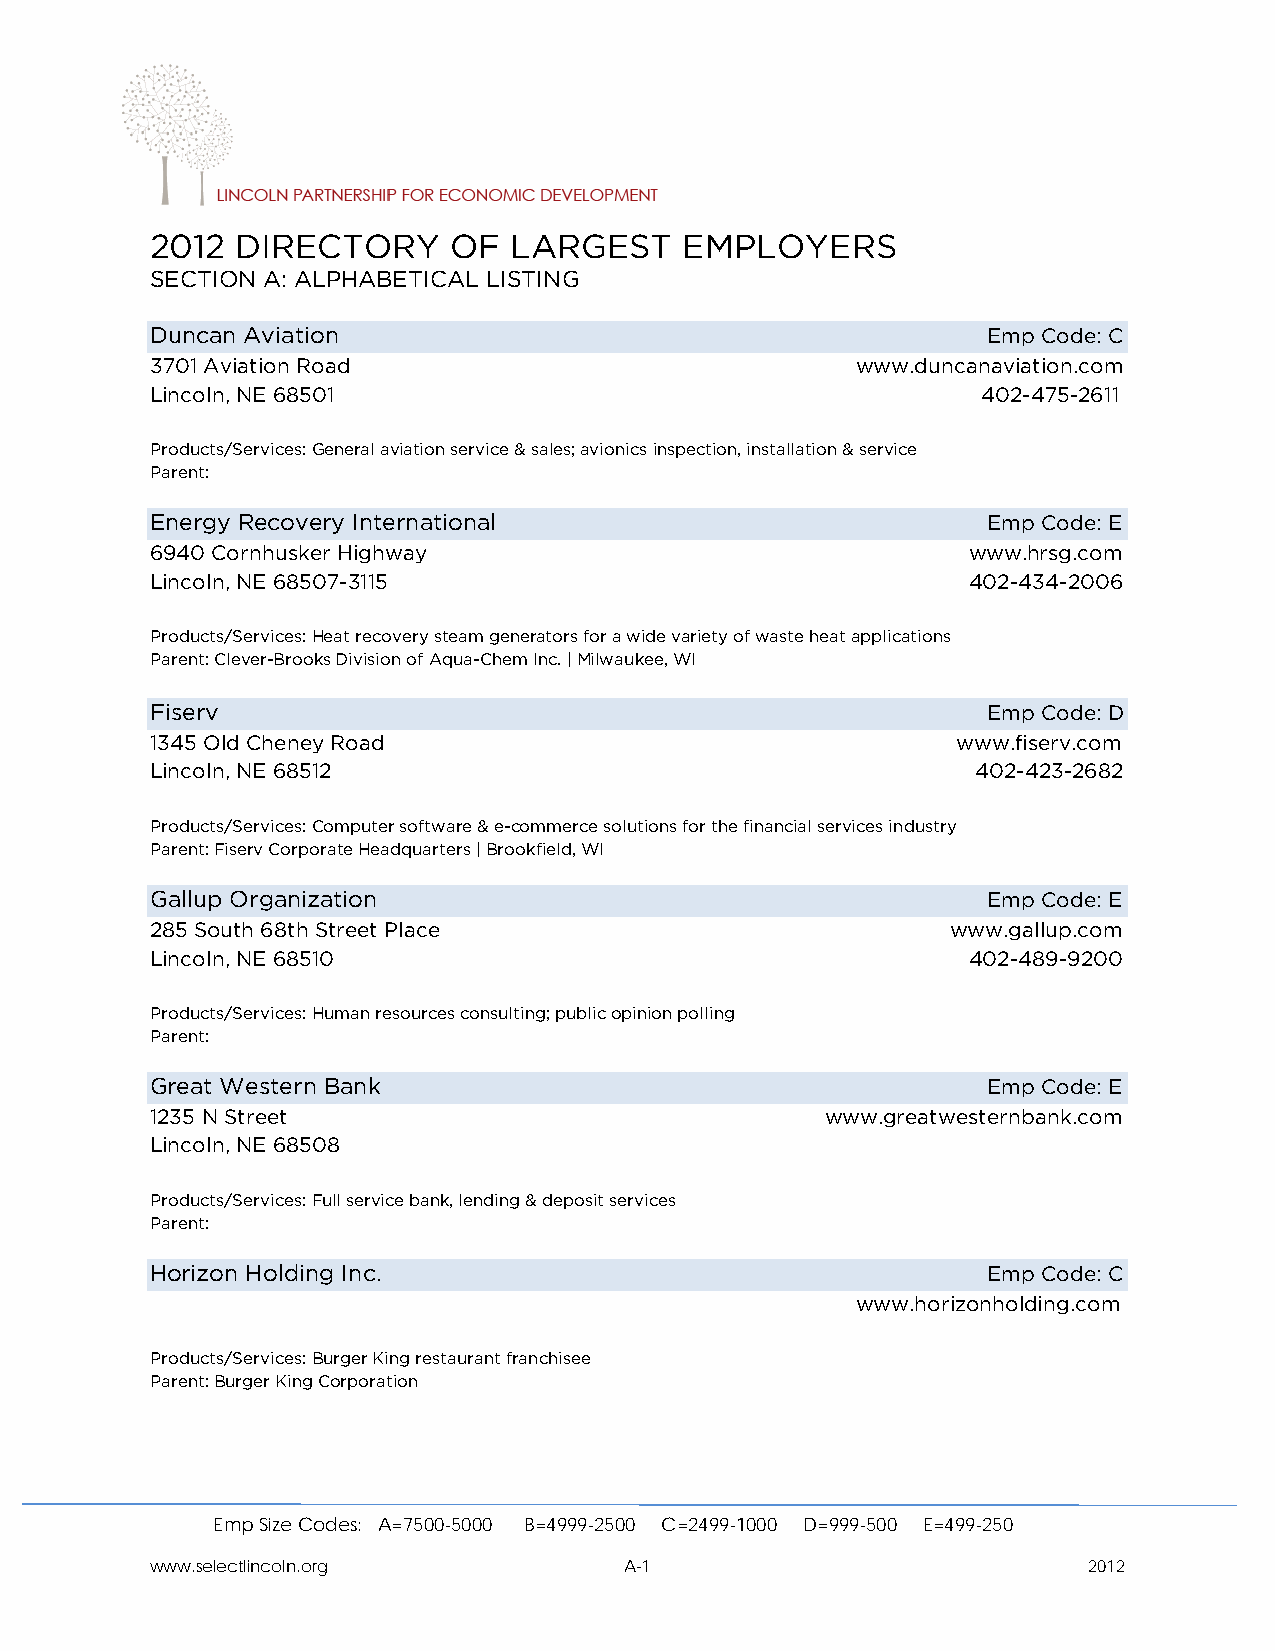
2012  DIRECTORY     OF  LARGEST    EMPLOYERS
 SECTION A: ALPHABETICAL LISTING
 Duncan Aviation                                        Emp Code: C
 3701 Aviation Road                             www.duncanaviation.com
 Lincoln, NE 68501                                      402-475-2611
 Products/Services: General aviation service & sales; avionics inspection, installation & service
 Parent:
 Energy Recovery International                          Emp Code: E
 6940 Cornhusker Highway                               www.hrsg.com
 Lincoln, NE 68507-3115                                402-434-2006
 Products/Services: Heat recovery steam generators for a wide variety of waste heat applications
 Parent: Clever-Brooks Division of Aqua-Chem Inc. | Milwaukee, WI
 Fiserv                                                 Emp Code: D
 1345 Old Cheney Road                                 www.fiserv.com
 Lincoln, NE 68512                                      402-423-2682
 Products/Services: Computer software & e-commerce solutions for the financial services industry
 Parent: Fiserv Corporate Headquarters | Brookfield, WI
 Gallup Organization                                    Emp Code: E
 285 South 68th Street Place                          www.gallup.com
 Lincoln, NE 68510                                     402-489-9200
 Products/Services: Human resources consulting; public opinion polling
 Parent:
 Great Western Bank                                     Emp Code: E
 1235 N Street                                www.greatwesternbank.com
 Lincoln, NE 68508
 Products/Services: Full service bank, lending & deposit services
 Parent:
 Horizon Holding Inc.                                   Emp Code: C
 www.horizonholding.com
 Products/Services: Burger King restaurant franchisee
 Parent: Burger King Corporation
 Emp Size Codes: A=7500-5000 B=4999-2500 C=2499-1000 D=999-500 E=499-250
 www.selectlincoln.org          A-1                            2012